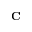
\bf { C }